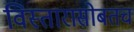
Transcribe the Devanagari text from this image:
विस्तारासोबतच